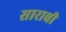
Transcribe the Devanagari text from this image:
सारावी